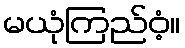
မယုံကြည်ဝံ့။